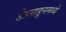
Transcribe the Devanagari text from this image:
डेहराडूनमध्ये